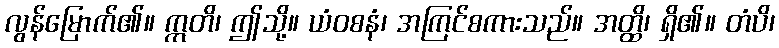
လွန်မြောက်၏။ ဣတိ၊ ဤသို့။ ယံဝစနံ၊ အကြင်စကားသည်။ အတ္ထိ၊ ရှိ၏။ တံပိ၊